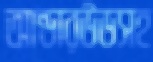
আন্ডারউডসহ